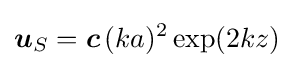
{\boldsymbol {u}}_{S}={\boldsymbol {c}}\,(ka)^{2}\exp(2kz)